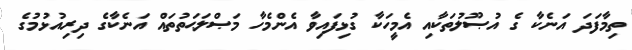
ތިމާފަދަ އަނެކާ ގެ އުޞޫލުތަކާއި އެމީހަކާ ގުޅިފައިވާ އެންމެހާ މަޞްލަޙަތުތައް އަނެކާގެ ދިރިއުޅުމުގެ